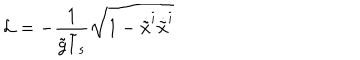
LaTeX: { \cal L } = - \frac { 1 } { \tilde { g } \tilde { l } _ { s } } \sqrt { 1 - \dot { \tilde { x } } ^ { i } \dot { \tilde { x } } ^ { i } }